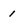
Character: I